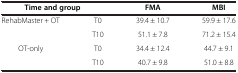
<table><thead><tr><td colspan="2"><b>Time and group</b></td><td><b>FMA</b></td><td><b>MBI</b></td></tr></thead><tbody><tr><td rowspan="2">RehabMaster + OT</td><td>T0</td><td>39.4 ± 10.7</td><td>59.9 ± 17.6</td></tr><tr><td>T10</td><td>51.1 ± 7.8</td><td>71.2 ± 15.4</td></tr><tr><td rowspan="2">OT-only</td><td>T0</td><td>34.4 ± 12.4</td><td>44.7 ± 9.1</td></tr><tr><td>T10</td><td>40.7 ± 9.8</td><td>51.0 ± 8.8</td></tr></tbody></table>